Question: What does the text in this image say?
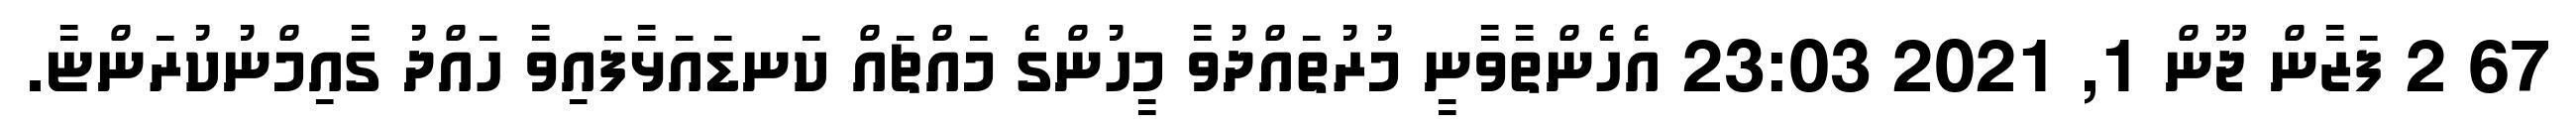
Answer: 67 2 ފަޒާން ޖޫން 1, 2021 23:03 އެހެންތާވާނީ މުރުތައްދުވާ މީހުންގެ މައްޗައް ކަނޑައަޅާފައިވާ ހައްދު ގާއިމްނުކުރަންޏާ.